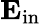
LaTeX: \mathbf{E_{\mathrm{{in}}}}